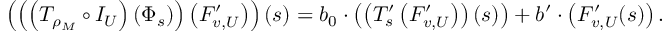
\begin{array} { r } { \left( \left( \left( T _ { \rho _ { M } } \circ I _ { U } \right) ( \Phi _ { s } ) \right) \left( F _ { v , U } ^ { \prime } \right) \right) ( s ) = b _ { 0 } \cdot \left( \left( T _ { s } ^ { \prime } \left( F _ { v , U } ^ { \prime } \right) \right) ( s ) \right) + b ^ { \prime } \cdot \left( F _ { v , U } ^ { \prime } ( s ) \right) . } \end{array}